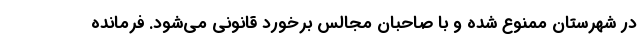
در شهرستان ممنوع شده و با صاحبان مجالس برخورد قانونی می‌شود. فرمانده